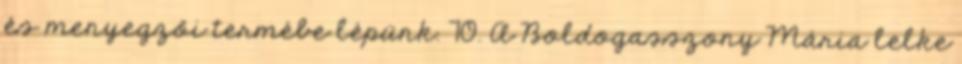
és menyegzői termébe lépünk. 70. A Boldogasszony Mária lelke